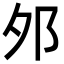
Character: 邜